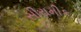
સીરામીક